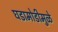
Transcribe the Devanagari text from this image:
घडामोडीमुळे